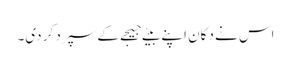
اس نے دکان اپنے بیٹے جیجے کے سپرد کر دی۔